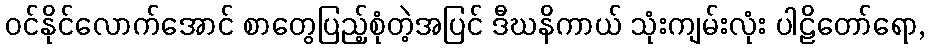
ဝင်နိုင်လောက်အောင် စာတွေပြည့်စုံတဲ့အပြင် ဒီဃနိကာယ် သုံးကျမ်းလုံး ပါဠိတော်ရော,